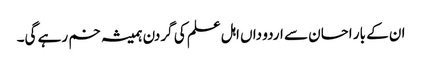
ان کے بار احسان سے اردو داں اہل علم کی گردن ہمیشہ خم رہے گی۔